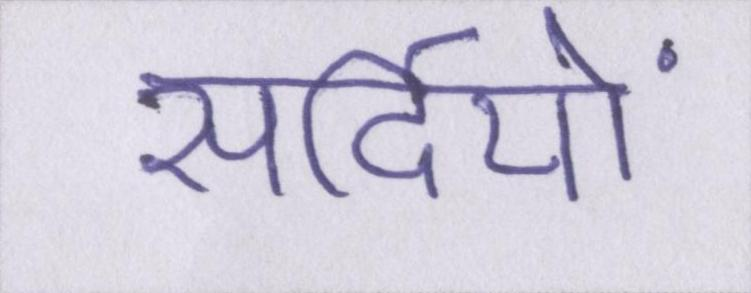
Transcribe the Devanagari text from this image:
सर्दियों